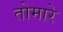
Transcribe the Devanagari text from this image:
तोमारे